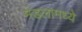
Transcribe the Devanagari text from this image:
मंडलामध्ये